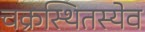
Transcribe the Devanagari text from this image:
चक्रस्थितस्येव